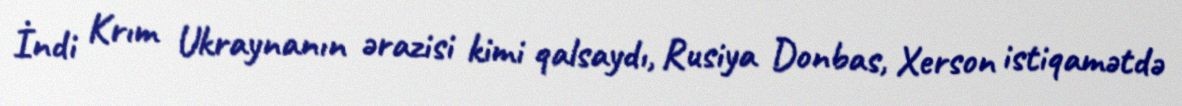
İndi Krım Ukraynanın ərazisi kimi qalsaydı, Rusiya Donbas, Xerson istiqamətdə